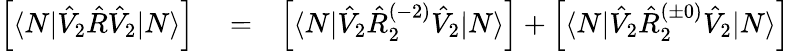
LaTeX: \begin{array}{rlr}{\left[\langle N|\hat{V}_{2}\hat{R}\hat{V}_{2}|N\rangle\right]}&{{}=}&{\left[\langle N|\hat{V}_{2}\hat{R}_{2}^{(-2)}\hat{V}_{2}|N\rangle\right]+\left[\langle N|\hat{V}_{2}\hat{R}_{2}^{(\pm 0)}\hat{V}_{2}|N\rangle\right]}\end{array}